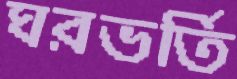
ঘরভর্তি